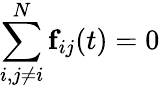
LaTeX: \sum_{i,j\neq i}^{N}\textbf{f}_{ij}(t)=0